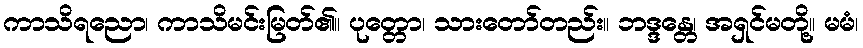
ကာသိရညော၊ ကာသိမင်းမြတ်၏။ ပုတ္တော၊ သားတော်တည်း။ ဘဒ္ဒန္တေ၊ အရှင်မတို့။ မမံ၊